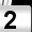
Digit: 2